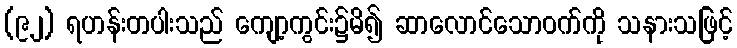
(၉၂) ရဟန်းတပါးသည် ကျော့ကွင်း၌မိ၍ ဆာလောင်သောဝက်ကို သနားသဖြင့်